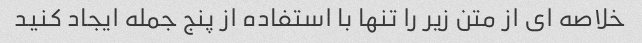
خلاصه ای از متن زیر را تنها با استفاده از پنج جمله ایجاد کنید